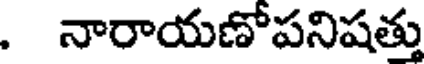
. నారాయణోపనిషత్తు